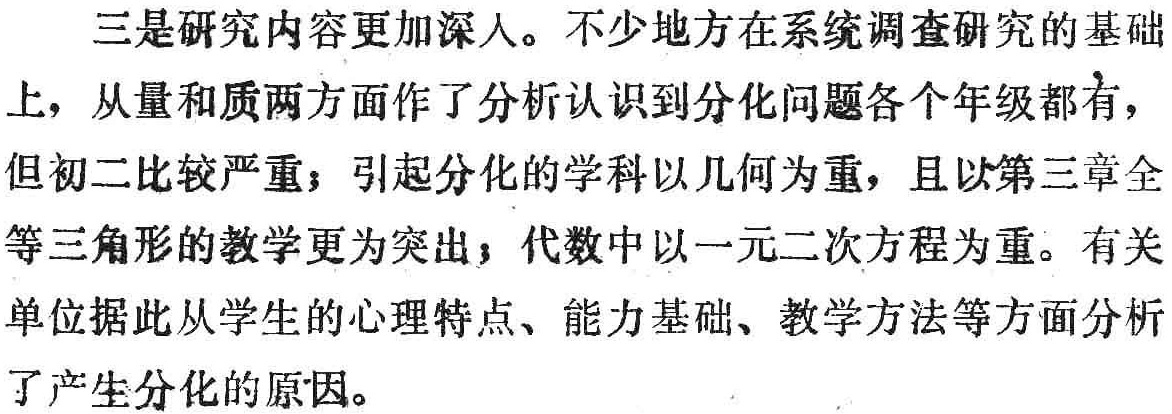
三是研究内容更加深人。不少地方在系统调查研究的基础上，从量和质两方面作了分析认识到分化问题各个年级都有，但初二比较严重；引起分化的学科以几何为重，且以第三章全等三角形的教学更为突出；代数中以一元二次方程为重。有关单位据此从学生的心理特点、能力基础、教学方法等方面分析了产生分化的原因。